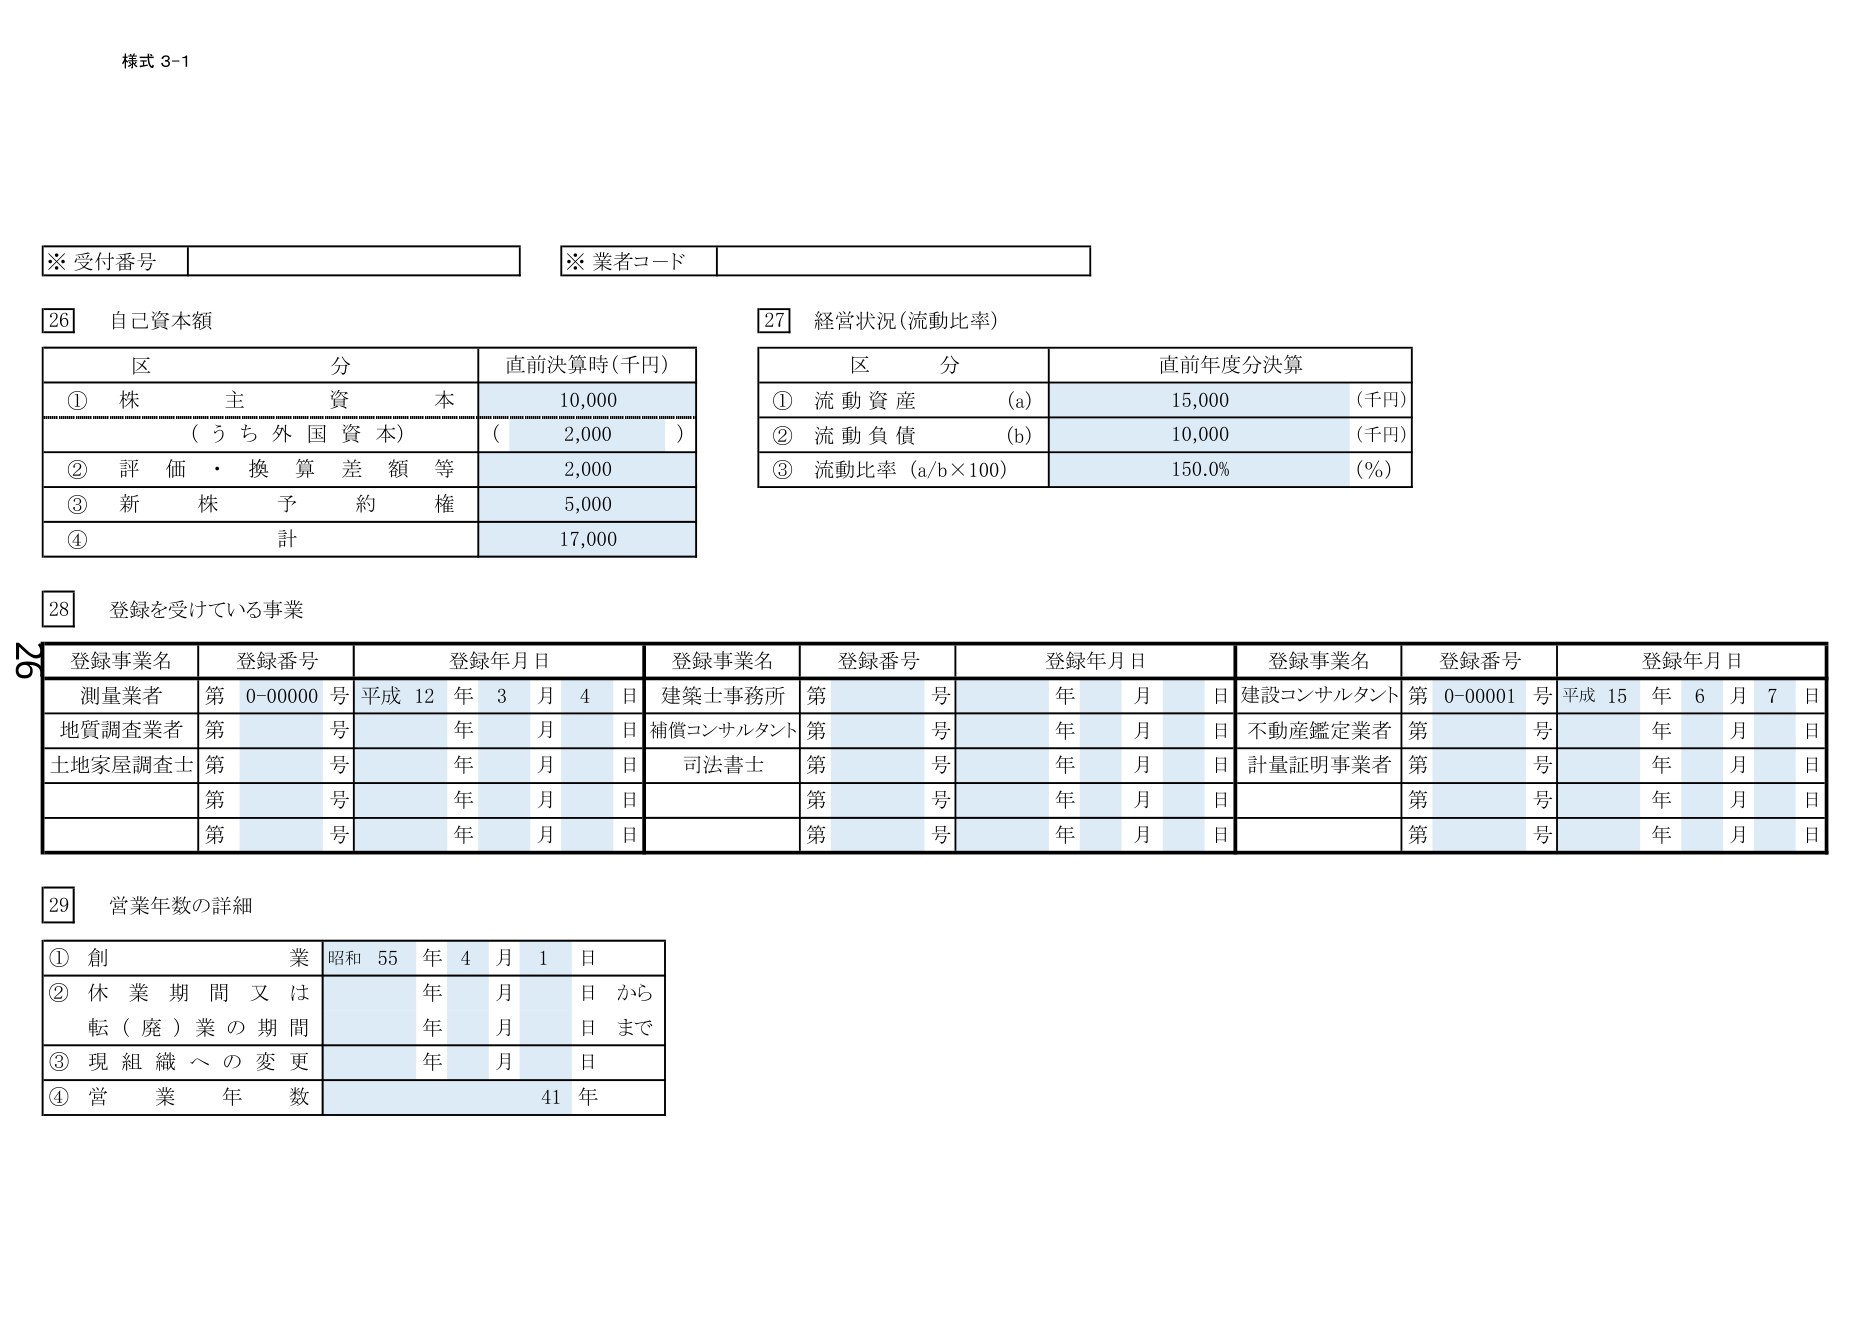
様式 3-1

※ 受付番号
※ 業者コード

26 自己資本額
区 分 直前決算時(千円)
① 株 主 資 本 10,000
（う ち 外 国 資 本） ( 2,000 )
② 評 価 ・ 換 算 差 額 等 2,000
③ 新 株 予 約 権 5,000
④ 計 17,000

27 経営状況(流動比率)
区 分 直前年度分決算
① 流 動 資 産 (a) 15,000 (千円)
② 流 動 負 債 (b) 10,000 (千円)
③ 流動比率 (a/b×100) 150.0% (%)

28 登録を受けている事業
登録事業名 登録番号 登録年月日 登録事業名 登録番号 登録年月日 登録事業名 登録番号 登録年月日
測量業者 第 0-00000 号 平成 12 年 3 月 4 日 建築士事務所 第 号 年 月 日 建設コンサルタント 第 0-00001 号 平成 15 年 6 月 7 日
地質調査業者 第 号 年 月 日 補償コンサルタント 第 号 年 月 日 不動産鑑定業者 第 号 年 月 日
土地家屋調査士 第 号 年 月 日 司法書士 第 号 年 月 日 計量証明事業者 第 号 年 月 日
第 号 年 月 日 第 号 年 月 日 第 号 年 月 日
第 号 年 月 日 第 号 年 月 日 第 号 年 月 日

29 営業年数の詳細
① 創 業 昭和 55 年 4 月 1 日
② 休 業 期 間 又 は 年 月 日 から
転（廃）業の期間 年 月 日 まで
③ 現 組 織 へ の 変 更 年 月 日
④ 営 業 年 数 41 年